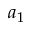
a _ { 1 }